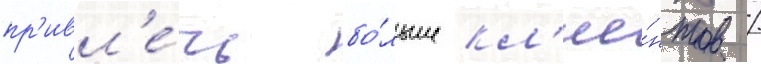
пр'ивл'е́чь бо́льше кл'ие́нтов /